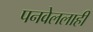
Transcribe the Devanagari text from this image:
पनवेललाही